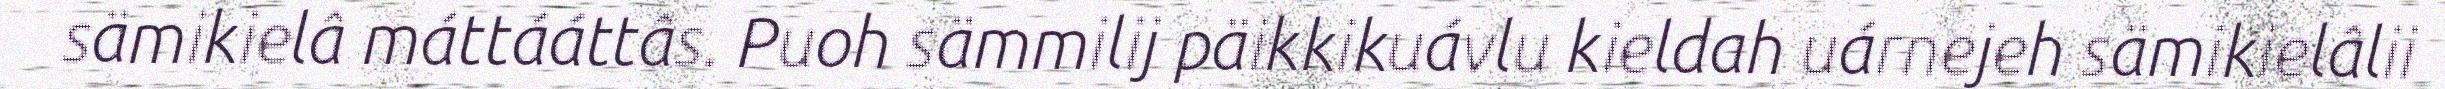
sämikielâ máttááttâs. Puoh sämmilij päikkikuávlu kieldah uárnejeh sämikielâlii